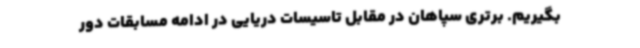
بگیریم. برتری سپاهان در مقابل تاسیسات دریایی در ادامه مسابقات دور